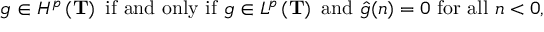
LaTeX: g \in H ^ { p } \left( \mathbf { T } \right) { \mathrm { ~ i f ~ a n d ~ o n l y ~ i f ~ } } g \in L ^ { p } \left( \mathbf { T } \right) { \mathrm { ~ a n d ~ } } { \hat { g } } ( n ) = 0 { \mathrm { ~ f o r ~ a l l ~ } } n < 0 ,